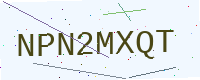
Text: NPN2MXQT